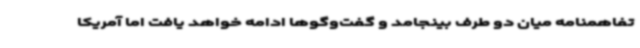
تفاهمنامه میان دو طرف بینجامد و گفت‌وگوها ادامه خواهد یافت اما آمریکا